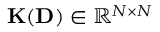
{ \bf K } ( { \bf D } ) \in \mathbb { R } ^ { N \times N }